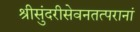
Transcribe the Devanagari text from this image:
श्रीसुंदरीसेवनतत्परानां